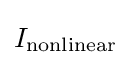
I_{\text{nonlinear}}